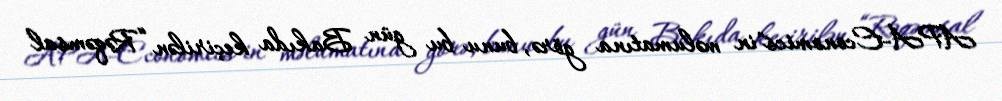
APA-Economics"in məlumatına görə, bunu bu gün Bakıda keçirilən “Rəqəmsal